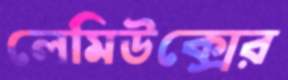
লেমিউক্সের